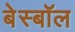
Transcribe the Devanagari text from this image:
बेस्बॉल